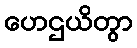
ဟေဌယိတွာ